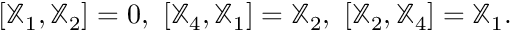
[ { \mathbb X } _ { 1 } , { \mathbb X } _ { 2 } ] = 0 , ~ [ { \mathbb X } _ { 4 } , { \mathbb X } _ { 1 } ] = { \mathbb X } _ { 2 } , ~ [ { \mathbb X } _ { 2 } , { \mathbb X } _ { 4 } ] = { \mathbb X } _ { 1 } .